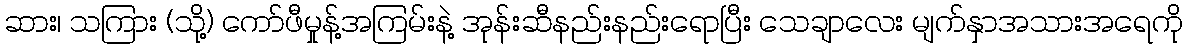
ဆား၊ သကြား (သို့) ကော်ဖီမှုန့်အကြမ်းနဲ့ အုန်းဆီနည်းနည်းရောပြီး သေချာလေး မျက်နှာအသားအရေကို